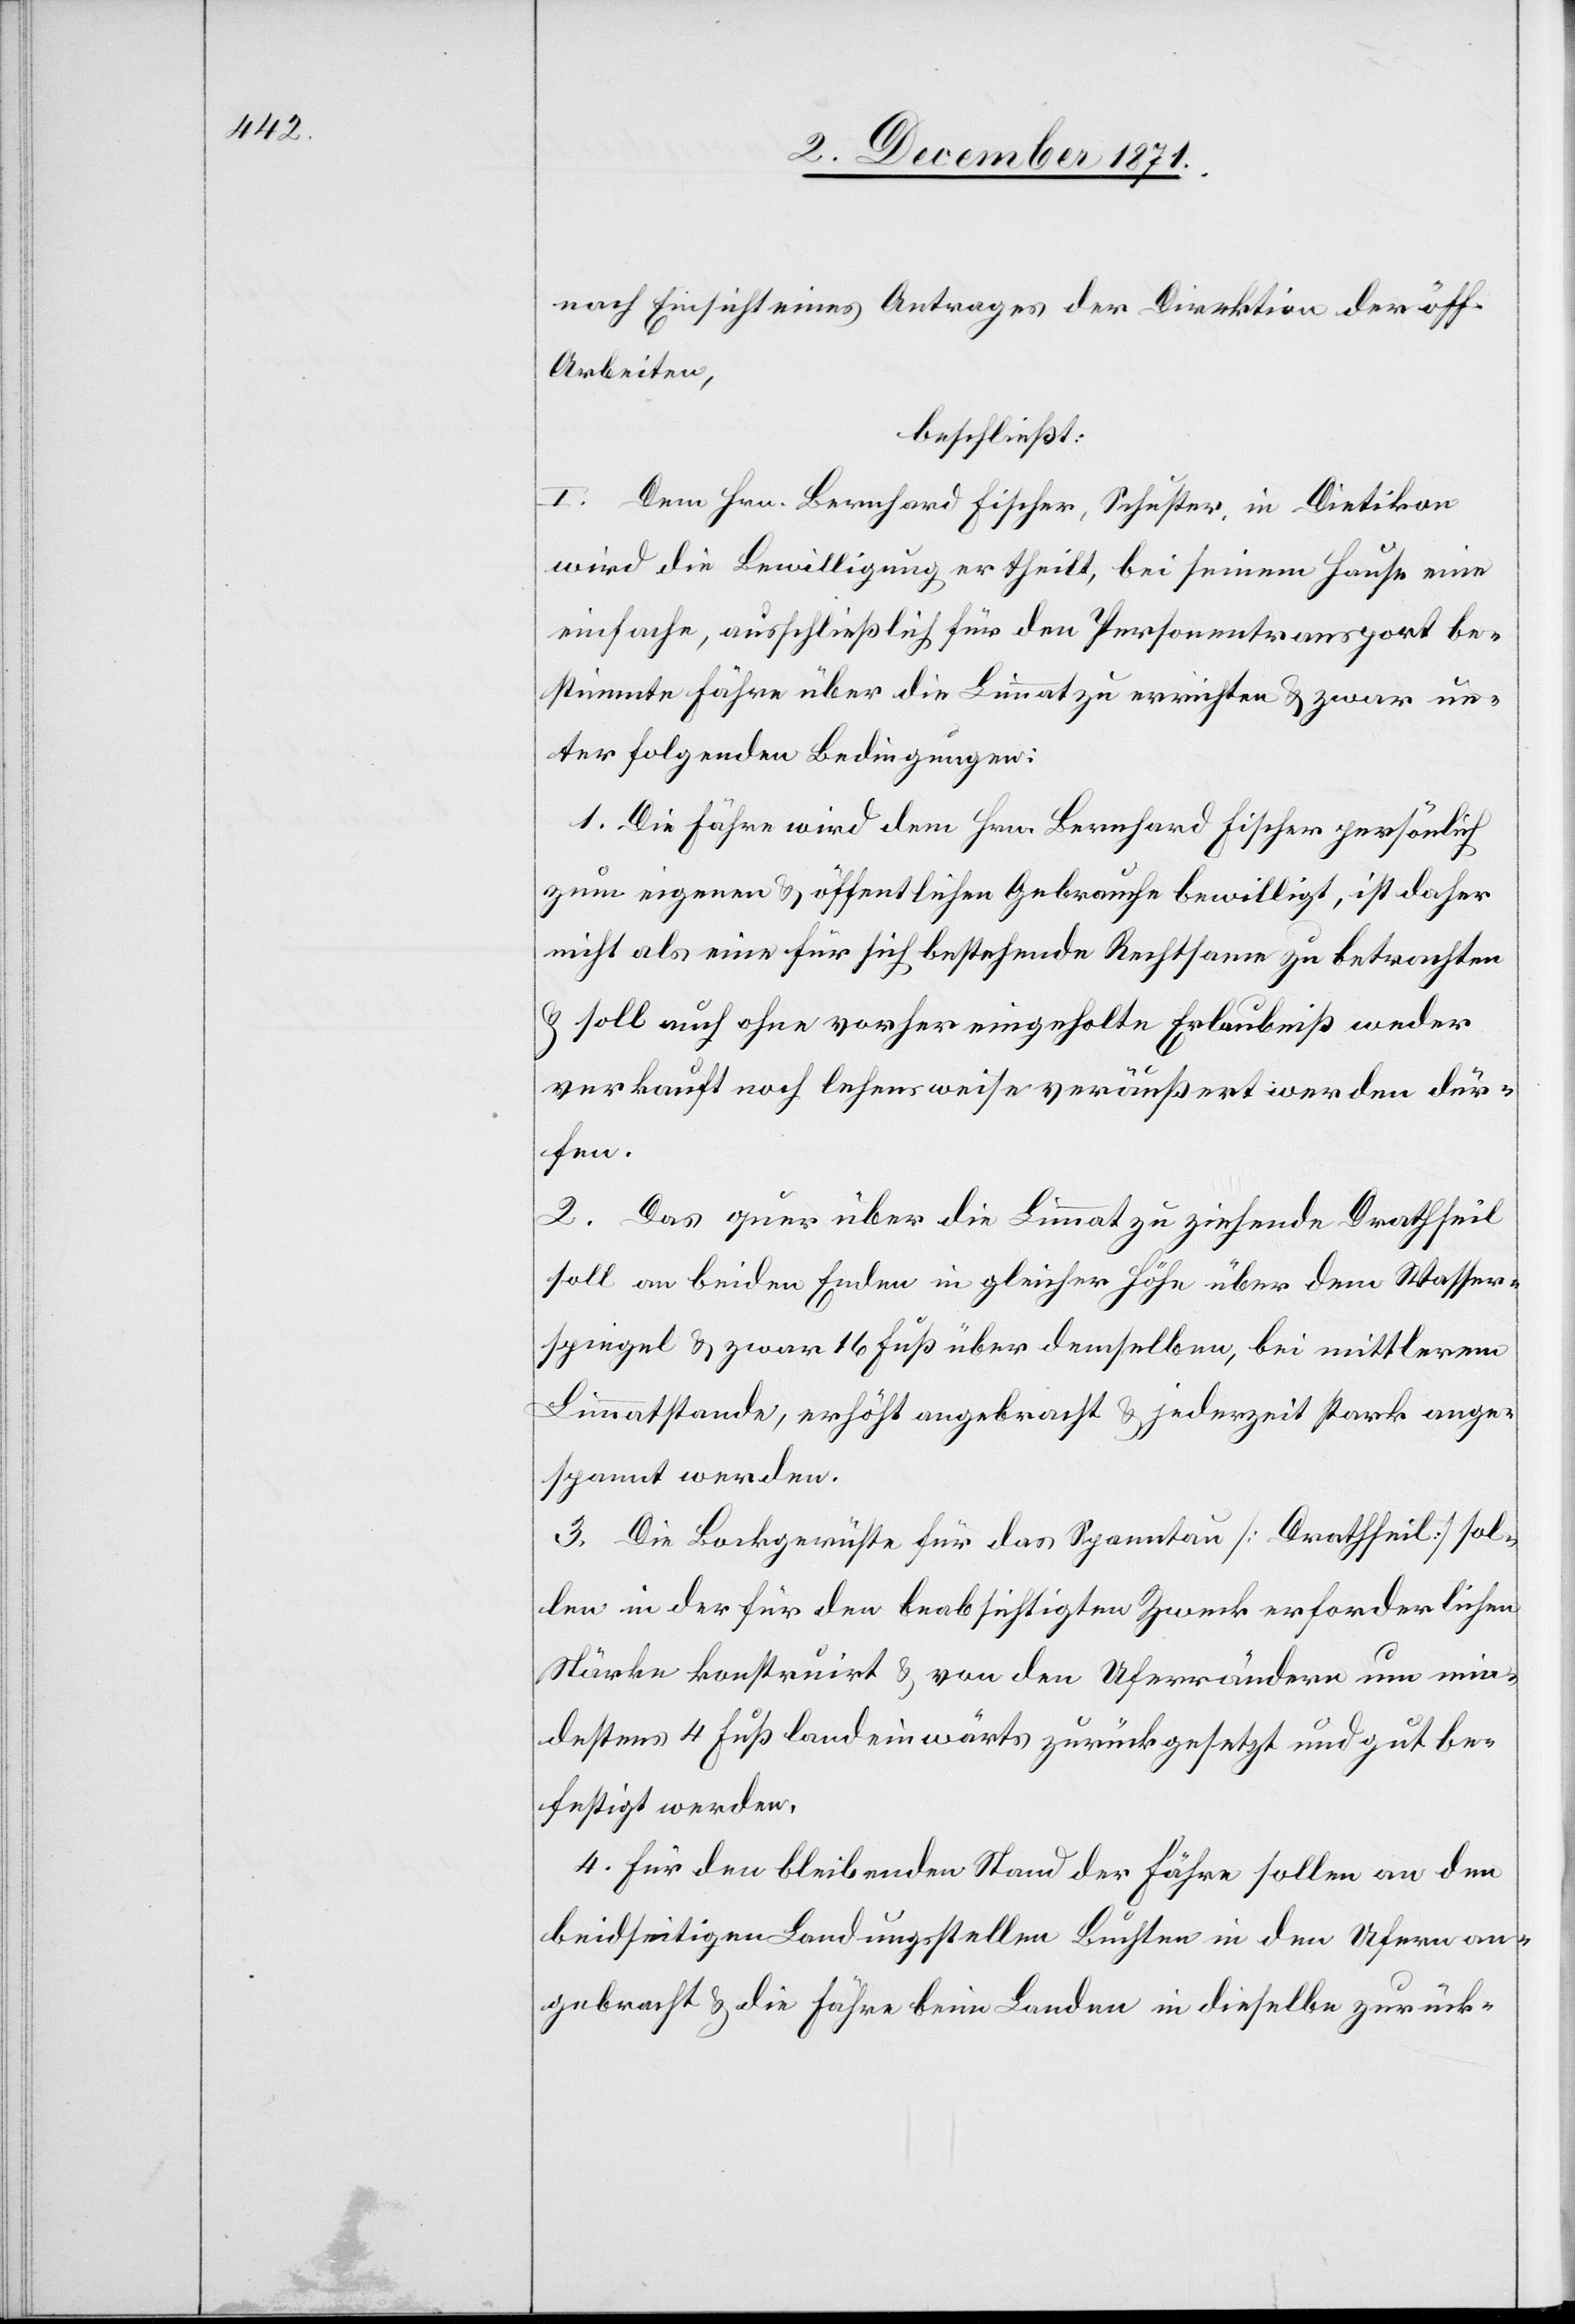
nach Einsicht eines Antrages der Direktion der öff.
Arbeiten,
beschließt:
I. Dem Hrn. Bernhard Fischer, Schuster, in Dietikon
wird die Bewilligung ertheilt, bei seinem Hause eine
einfache, ausschließlich für den Personentransport be¬
stimmte Fähre über die Limmat zu errichten & zwar un¬
ter folgenden Bedingungen:
1. Die Fähre wird dem Hrn. Bernhard Fischer persönlich
zum eigenen & öffentlichen Gebrauche bewilligt, ist daher
nicht als eine für sich bestehende Rechtsame zu betrachten
& soll auch ohne vorher eingeholte Erlaubniß weder
verkauft noch lehensweise veräußert werden dür¬
fen.
2. Das quer über die Limmat zu ziehende Drahtseil
soll an beiden Enden in gleicher Höhe über dem Wasser¬
spiegel & zwar 16 Fuß über demselben, bei mittlerem
Limmatstande, erhöht angebracht & jederzeit stark ange¬
spannt werden.
3. Die Bockgerüste für das Spanntau [Drahtseil] sol¬
len in der für den beabsichtigten Zweck erforderlichen
Stärke konstruirt & von den Uferrändern um min¬
destens 4 Fuß landeinwärts zurückgesetzt und gut be¬
festigt werden.
4. Für den bleibenden Stand der Fähre sollen an den
beidseitigen Landungsstellen Buchten in den Ufern an¬
gebracht & die Fähre beim Landen in dieselbe[n] zurück-